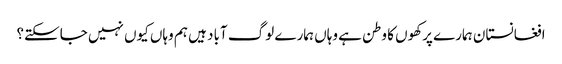
افغانستان ہمارے پرکھوں کا وطن ہے وہاں ہمارے لوگ آباد ہیں ہم وہاں کیوں نہیں جاسکتے؟